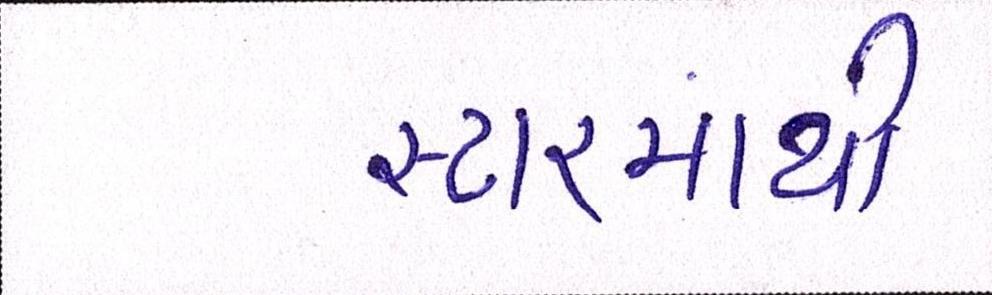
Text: સ્ટારમાંથી